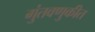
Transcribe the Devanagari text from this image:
गुंतवणुकीत